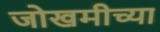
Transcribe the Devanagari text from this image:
जोखमीच्या